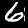
Label: 6